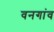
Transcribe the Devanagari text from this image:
वनगांव